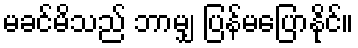
မခင်မိသည် ဘာမျှ ပြန်မပြောနိုင်။